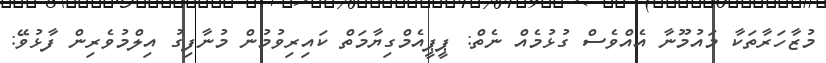
މުޒާހަރާތަކާ މައުމޫނާ އެއްވެސް ގުޅުމެއް ނެތް: ޕީޕީއެމްގިޔާމަތް ކައިރިވުމުން މުނާފިގު އިލްމުވެރިން ފާޅުވޭ: